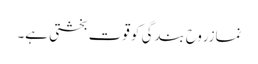
نمازروحِ بندگی کو قوت بخشتی ہے۔